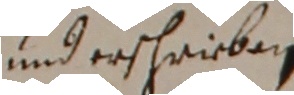
und erschrieben